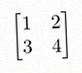
\begin{bmatrix}1&2\\3&4\end{bmatrix}